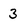
Character: 3